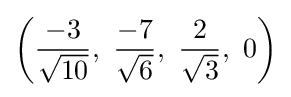
\left({\frac {-3}{\sqrt {10}}},\ {\frac {-7}{\sqrt {6}}},\ {\frac {2}{\sqrt {3}}},\ 0\right)